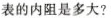
表的内阻是多大?